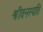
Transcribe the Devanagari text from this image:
श्रीवनस्पति